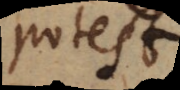
potest